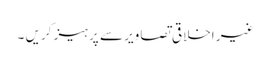
غیر اخلاقی تصاویر سے پرہیز کریں ۔